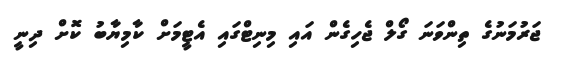
ޖަރުމަނުގެ ތިންވަނަ ގޯލް ޖެހިގެން އައި މިނިޓްގައި އެޓީމަށް ކާމިޔާބު ކޮށް ދިނީ